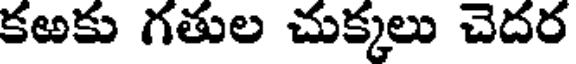
కఱకు గతుల చుక్కలు చెదర